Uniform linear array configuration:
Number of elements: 4
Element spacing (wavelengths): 0.5
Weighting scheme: hann
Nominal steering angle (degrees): -15
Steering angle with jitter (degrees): -13.547
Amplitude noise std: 0.05
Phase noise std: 0.05

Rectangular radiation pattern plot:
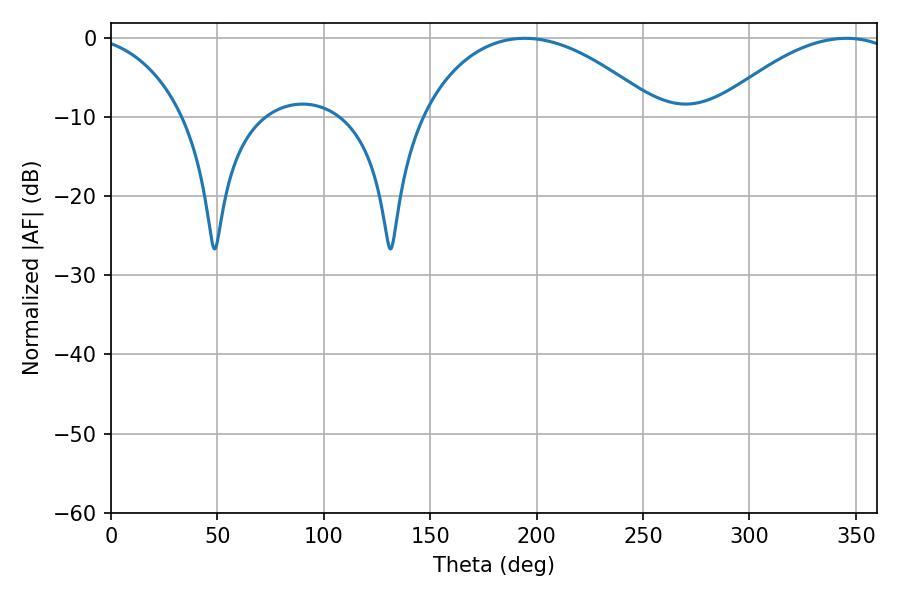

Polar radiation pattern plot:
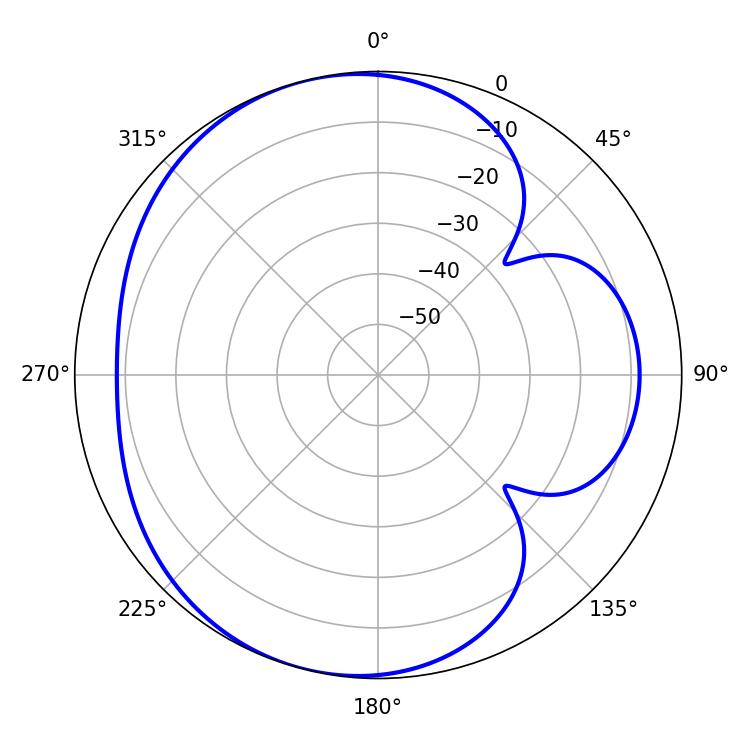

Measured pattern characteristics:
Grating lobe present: FALSE
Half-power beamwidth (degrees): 62.82
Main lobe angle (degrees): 194.4